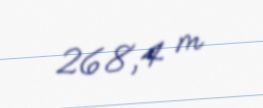
268,4 m